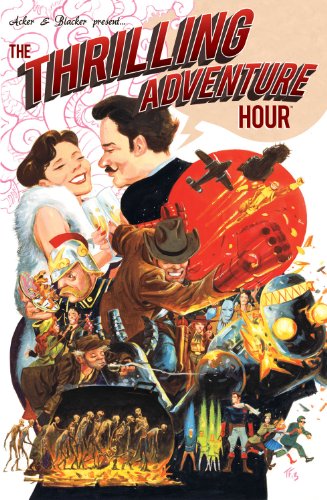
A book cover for The Thrilling Adventure Hour; Ben Acker; Comics & Graphic Novels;